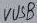
Text: VUSB